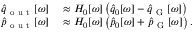
\begin{array} { r l } { \hat { q } _ { \mathrm { ~ o ~ u ~ t ~ } } [ \omega ] } & { { } \approx H _ { 0 } [ \omega ] \left( \hat { q } _ { 0 } [ \omega ] - \hat { q } _ { \mathrm { ~ G ~ } } [ \omega ] \right) } \\ { \hat { p } _ { \mathrm { ~ o ~ u ~ t ~ } } [ \omega ] } & { { } \approx H _ { 0 } [ \omega ] \left( \hat { p } _ { 0 } [ \omega ] + \hat { p } _ { \mathrm { ~ G ~ } } [ \omega ] \right) . } \end{array}